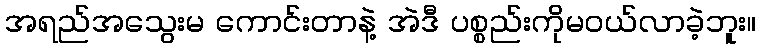
အရည်အသွေးမ ကောင်းတာနဲ့ အဲဒီ ပစ္စည်းကိုမဝယ်လာခဲ့ဘူး။